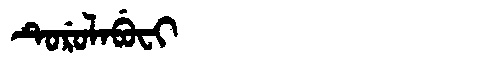
Manchu: ᡨᡠᡵᡠᠯᠠᠪᡠᠸᡳ
Romanization: TURULABUFI